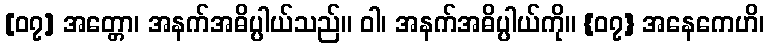
[၀၇] အတ္တော၊ အနက်အဓိပ္ပါယ်သည်။ ဝါ၊ အနက်အဓိပ္ပါယ်ကို။ {၀၇} အနေကေဟိ၊